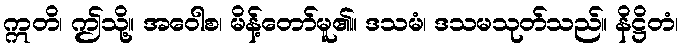
ဣတိ၊ ဤသို့။ အဝေါစ၊ မိန့်တော်မူ၏။ ဒသမံ၊ ဒသမသုတ်သည်။ နိဋ္ဌိတံ၊